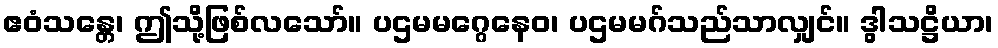
ဧဝံသန္တေ၊ ဤသို့ဖြစ်လသော်။ ပဌမမဂ္ဂေနေဝ၊ ပဌမမဂ်သည်သာလျှင်။ ဒွါသဋ္ဌိယာ၊